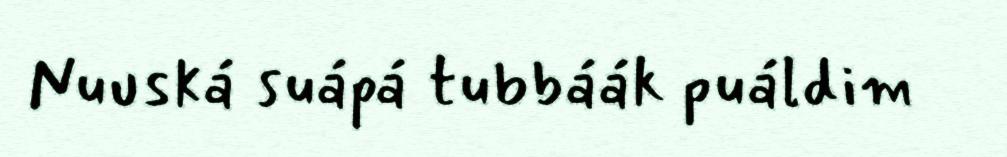
Nuuská suápá tubbáák puáldim